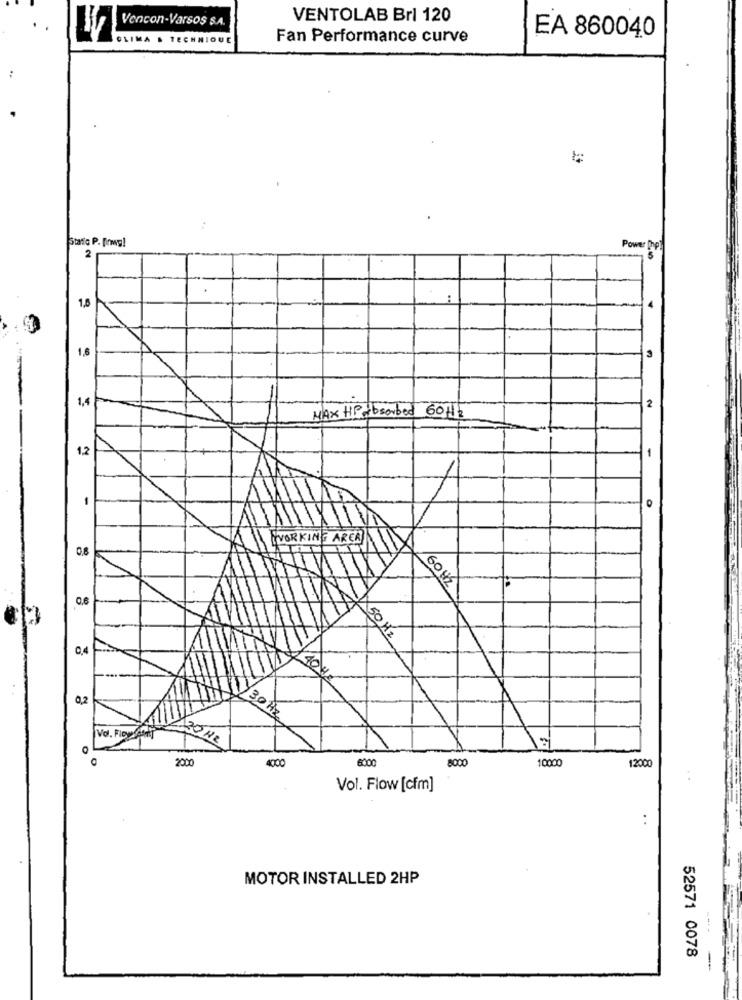
VENTOLAB Brl 120
Vencon-Varsos s.A.
EA 860040
CLIMA & TECHNIQUE
Fan Performance curve
:
Static P. frwg!
2
Power php
1.8
1,6
1,4
2
MAX HP Absorbed 60Hz
1,2
-
-
HVORKING AREA
0.8
60 HZ
0.6
50 Hz
0,4
10
0,2
a
30 Hz
0
2000
4000
10000
12000
Vol. Flow [cfm]
..
MOTOR INSTALLED 2HP
52571 0078